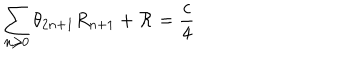
LaTeX: \sum _ { n \geq 0 } \theta _ { 2 n + 1 } R _ { n + 1 } + { \cal R } = \frac { c } { 4 }